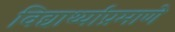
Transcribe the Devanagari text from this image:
विद्यार्थ्यांप्रमाणे